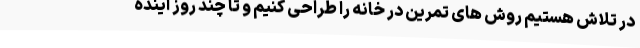
در تلاش هستیم روش های تمرین در خانه را طراحی کنیم و تا چند روز آینده